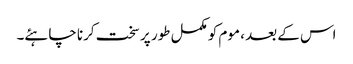
اس کے بعد ، موم کو مکمل طور پر سخت کرنا چاہئے۔